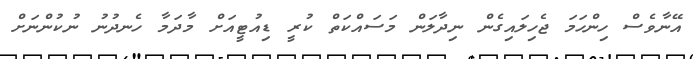
އޭނާވެސް ހިންހަމަ ޖެހިލައިގެން ނިދާލަން މަސައްކަތް ކުރީ ޑިއުޓީއަށް މާދަމާ ހެނދުނު ނުކުންނަށް